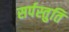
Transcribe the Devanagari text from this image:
सर्पस्तुति